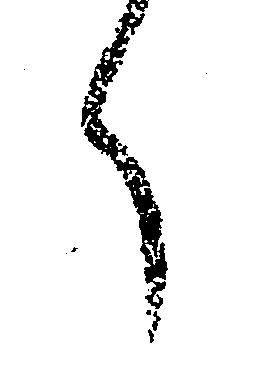
く